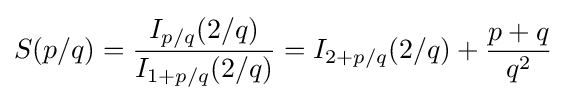
S(p/q)={\frac {I_{p/q}(2/q)}{I_{1+p/q}(2/q)}}=I_{2+p/q}(2/q)+{\frac {p+q}{q^{2}}}